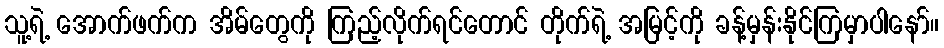
သူ့ရဲ့ အောက်ဖက်က အိမ်တွေကို ကြည့်လိုက်ရင်တောင် တိုက်ရဲ့ အမြင့်ကို ခန့်မှန်းနိုင်ကြမှာပါနော်။